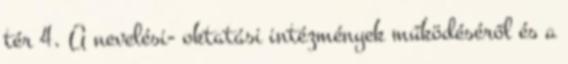
tér 4. A nevelési- oktatási intézmények működéséről és a